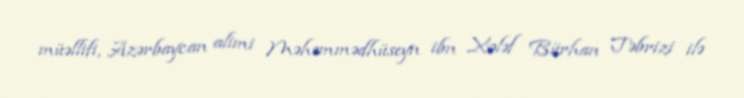
müəllifi, Azərbaycan alimi Məhəmmədhüseyn ibn Xələf Bürhan Təbrizi ilə